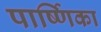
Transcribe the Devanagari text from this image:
पार्ष्णिका